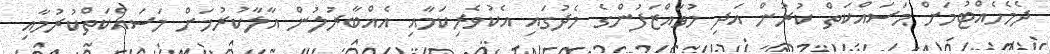
ދެމެހެއްޓުމަށް މަސައްކަތް ކުރުން އަދި މުވައްޒަފުންގެ މެދުގައި އެކުވެރިކަމާއި އެއްބާރުލުން އާލާކުރުމަށް މަސައްކަތްކުރުމާއި